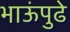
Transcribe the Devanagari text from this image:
भाऊंपुढे